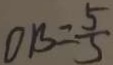
O B = \frac { 5 } { 3 }